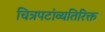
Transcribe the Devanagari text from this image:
चित्रपटांव्यतिरिक्त